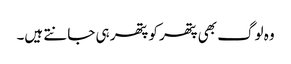
وہ لوگ بھی پتھر کو پتھر ہی جانتے ہیں۔